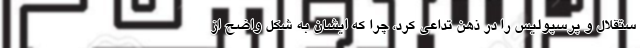
ستقلال و پرسپولیس را در ذهن تداعی کرد، چرا که ایشان به شکل واضح از